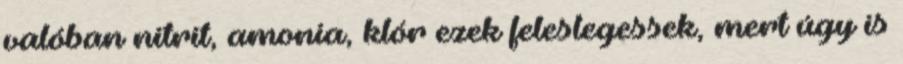
valóban nitrit, amonia, klór ezek feleslegessek, mert úgy is